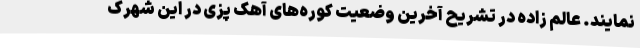
نمایند. عالم زاده در تشریح آخرین وضعیت کوره‌های آهک پزی در این شهرک